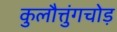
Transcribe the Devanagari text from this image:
कुलौत्तुंगचोड़